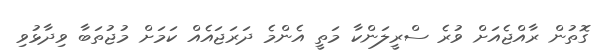
ގޮތުން ރާއްޖެއަށް ވުރެ ސްރީލަންކާ މަތީ އެންމެ ދަރަޖައެއް ކަމަށް މުޖުތަބާ ވިދާޅުވި